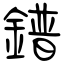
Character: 鐠